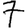
Digit: 7